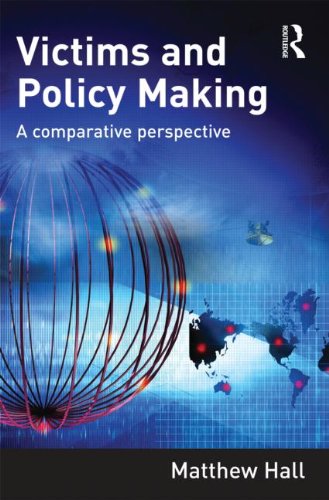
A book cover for Victims and Policy-Making: A Comparative Perspective; Matthew Hall; Law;